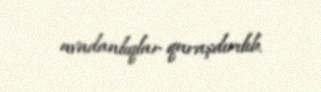
avadanlıqlar quraşdırılıb.